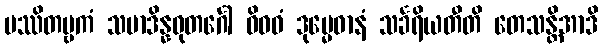
ပဿိတဗ္ဗကံ သမာဒိန္နဓုတင်္ဂေါ ဝိဓဝံ ဒုမ္မေဓာနံ သင်္ခရိယတီတိ တေသန္တိအာဒိ